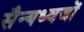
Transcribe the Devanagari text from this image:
सैन्यध्वजों